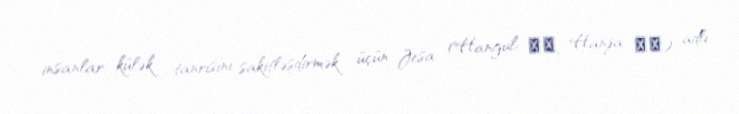
insanlar külək tanrısını sakitləşdirmək üçün Jesa (Hangul: 제사, Hanja: 祭祀) adlı